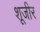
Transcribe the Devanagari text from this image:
शूजीर